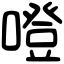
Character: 噔